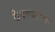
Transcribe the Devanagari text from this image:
ठेवण्‍याच्‍या